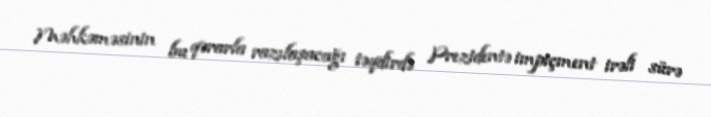
Məhkəməsinin bu qərarla razılaşacağı təqdirdə Prezidentə impiçment irəli sürə